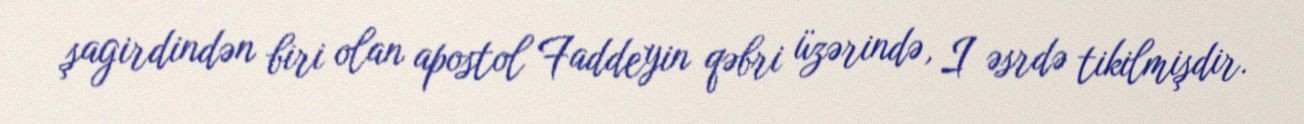
şagirdindən biri olan apostol Faddeyin qəbri üzərində, I əsrdə tikilmişdir.